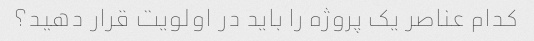
کدام عناصر یک پروژه را باید در اولویت قرار دهید؟